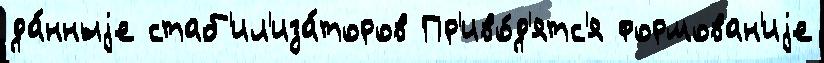
да́нныjе стаб'ил'иза́торов Пр'иво́д'ятс'я формован'иjе